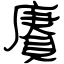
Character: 賡